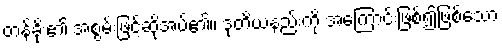
တန်ခိုး၏ အစွမ်းဖြင့်ဆိုအပ်၏။ ဒုတိယနည်းကို အကြောင်းဖြစ်၍ဖြစ်သော